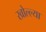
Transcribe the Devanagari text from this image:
खोल्ल्या